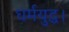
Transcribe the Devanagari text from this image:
धर्मयुद्ध।